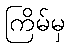
ကြိမ်မှ